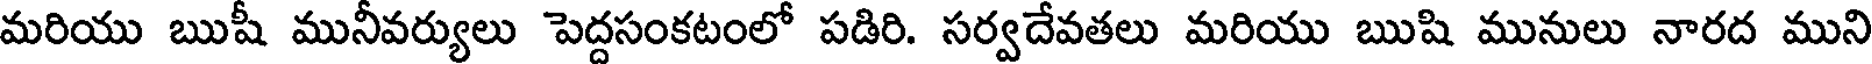
మరియు ఋషీ మునీవర్యులు పెద్దసంకటంలో పడిరి. సర్వదేవతలు మరియు ఋషి మునులు నారద ముని